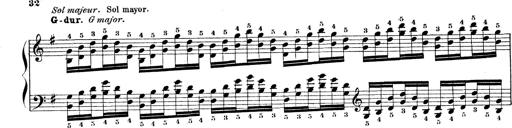
Title: Technische Studien
Composer: Franz Liszt